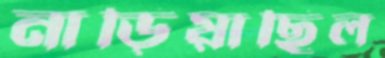
নাড়িয়াছিল